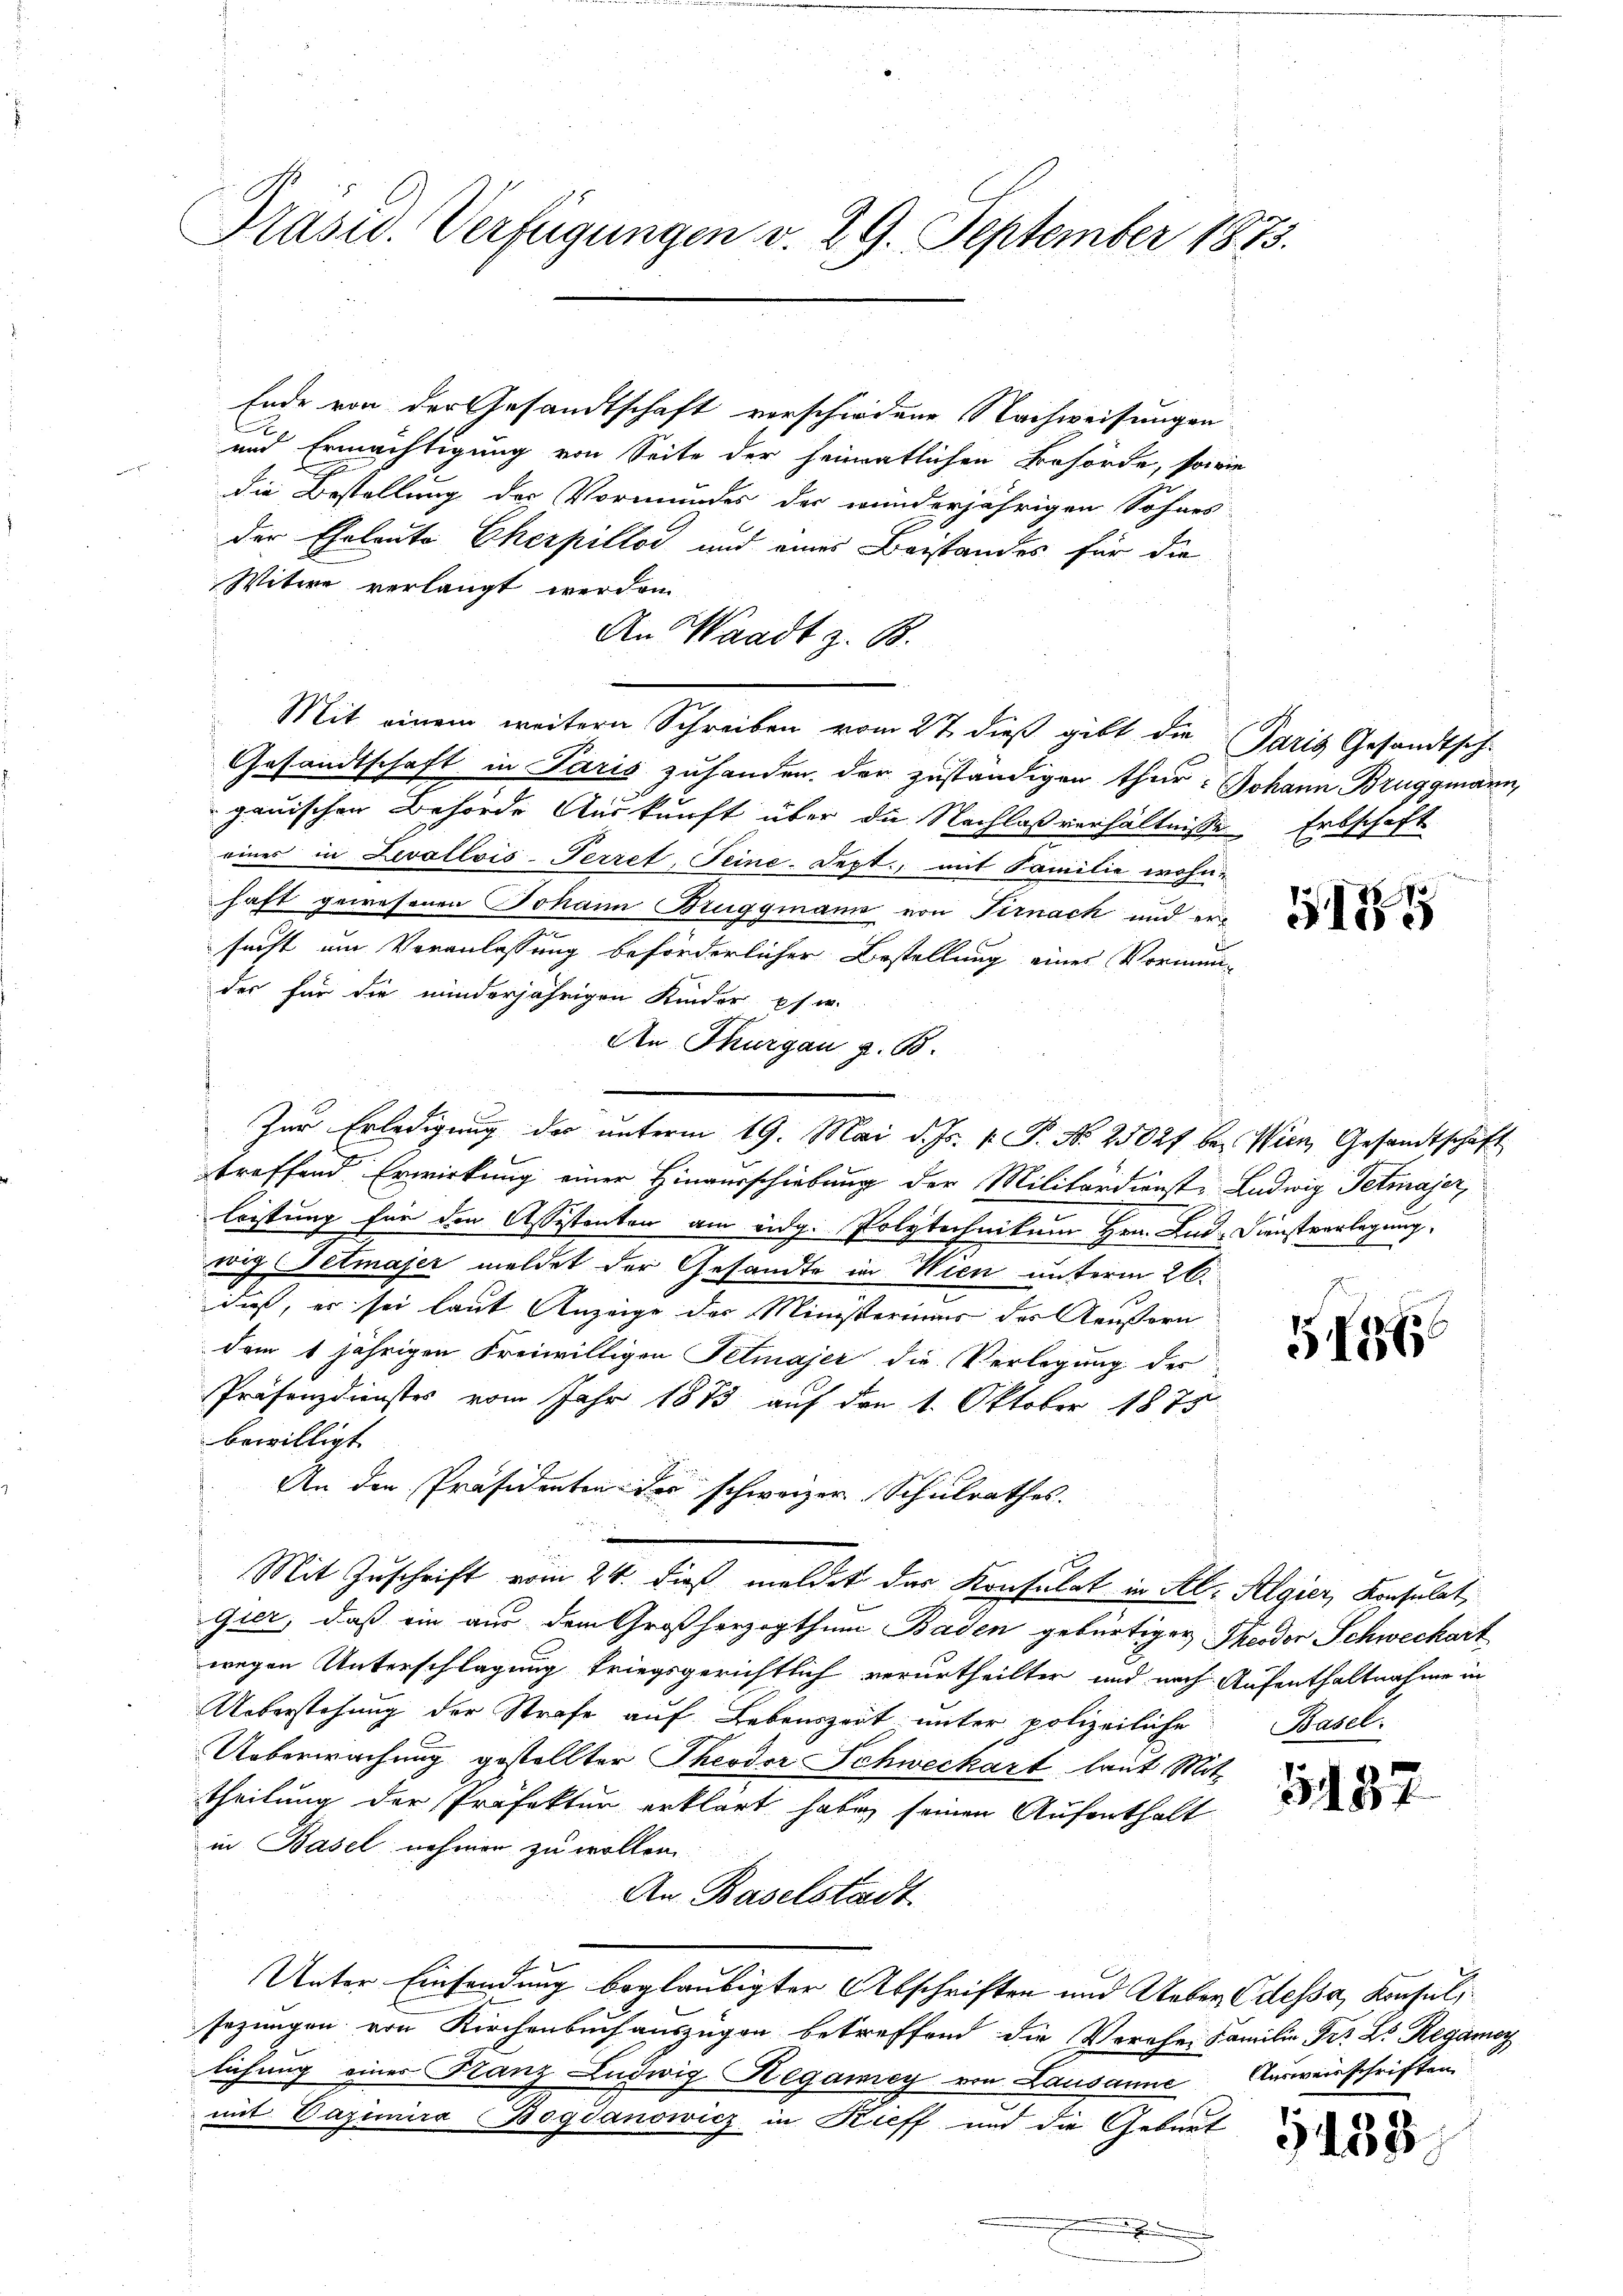
Präsid. Verfügungen v. 29. September 1875.

Ende von der Gesandtschaft verschiedene Nachweisungen
und Ermächtigung von Seite der heimatlichen Behörde, sowie
die Bestellung des Vormundes der winderjährigen Sohnes
der Eheleute Eherpillos und eines Beistandes für die
Witwe verlangt werden.
An Waadt z. B.
Mit einem weitern Schreiben vom 27. dieß gibt die Paris Gesandtsch-
Gesandtschaft in Paris zuhanden der zuständigen thur: Johann Bruggmann,
gauischen Behörde Auskunft über die Nachlaßverhältnisse Erbschaft
eines in Levallvis-Perret, Seine. Sept., mit Familie wohnhaft gewesenen Johann Bruggmann von Sirnach und ersucht um Veranlassung beförderlicher Bestellung einer Vormun-
des für die minderjährigen Kinder pf. w.
An Thurgau z. B.
treffend Erwirkung einer Hinaurschiebung der Militärdienst. Ludwig Tetmajer,
leistung für den Assistanten am eidg. Polytechnikum Hrn. Lad Dienstverlegung
wig (Tetmajer meldet der Gesandte in Wien unterm 26.
daß, er sei laut Anzeige der Ministeriums der Aeußern
dem 1 jährigen Freiwilligen Petmajer die Verlegung der
Präsenzdienstes vom Jahr 1883 auf den 1. Oktober 1875
bewilligt
An den Präsidenten der schweizer Schulrathes.
Mit Zuschrift vom 24. dieß meldet das Konsulat in Al. Algier, Konsulat,
Gier, daß ein aus dem Großherzogthum Baden gebürtiger Theodor Schwechart
wegen Unterschlagung kriegsgerichtlich verurtheilter und nach Aufenthaltnahme in
Ueberstehung der Strafe auf Lebenszeit unter polizeiliche
Ueberwachung gestellter Theodor Schweckart laut Mittheilung der Präfektur erklärt habe, seinen Aufenthalt
in Basel nehmen zu wollen.
An Baselstadt
Unter Einsendung beglaubigter Abschriften und Ueber Odessa, Konsul
sezungen von Kirchenbuch auszügen betreffend die Vorahne Familie Fr. D. Regamoy
lichung eines Stanz Ludwig Hegamey von Lausanne Ausweisschriften
mit Vazimira Bogdanowicz in Kreff und die Geburt
.

Zur Erledigung der unterm 19. Mai d. Js. v. P. Nr. 25027 bei Wien, Gesandtschaft

G175

5156

Basel.

3137

9438